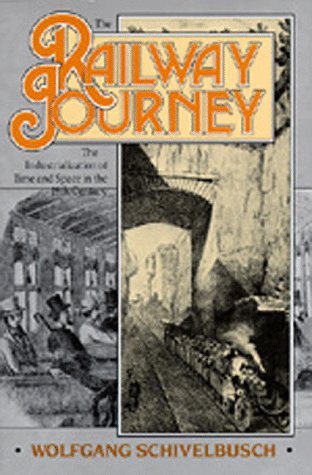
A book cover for The Railway Journey: The Industrialization of Time and Space in the 19th Century; Wolfgang Schivelbusch; Travel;